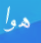
هوا